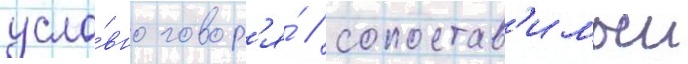
усло́вно говор'я́ / сопостав'имыи